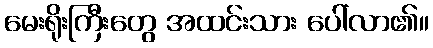
မေးရိုးကြီးတွေ အထင်းသား ပေါ်လာ၏။